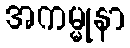
အကမ္မုနာ